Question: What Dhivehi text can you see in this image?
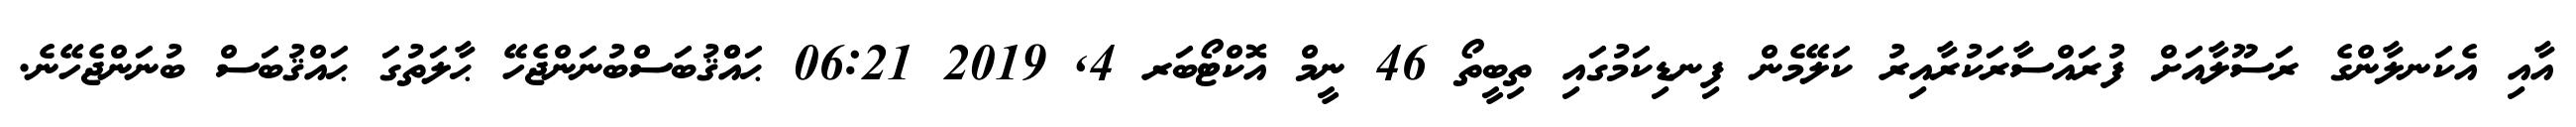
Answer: އާއި އެކަނލާންގެ ރަސޫލާއަށް ފުރައްސާރަކުރާއިރު ކަލޭމެން ފިނޑިކަމުގައި ތިބީތޯ 46 ނީމް އޮކްޓޯބަރ 4, 2019 06:21 ޙައްްޤުބަސްބުނަންޖެހޭ ޙާލަތުގަ ޙައްޤުބަސް ބުނަންޖެހޭނެ.